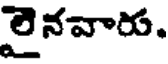
లైనవారు.